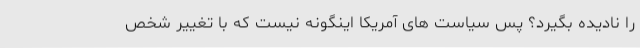
را نادیده بگیرد؟ پس سیاست های آمریکا اینگونه نیست که با تغییر شخص